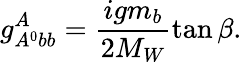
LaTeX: g_{A^{0}bb}^{A}=\frac{igm_{b}}{2M_{W}}\tan\beta.